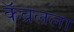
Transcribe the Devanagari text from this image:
कॅब्रलला